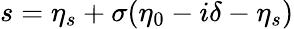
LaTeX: s=\eta_{s}+\sigma(\eta_{0}-i\delta-\eta_{s})